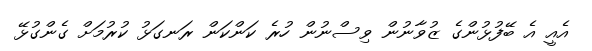
އެއީ އެ ބޭފުޅުންގެ ޒުވާނުން ވިސްނުން ހުރެ ކަންކަން ރަނގަޅު ކުރުމަށް ގެންގުޅޭ